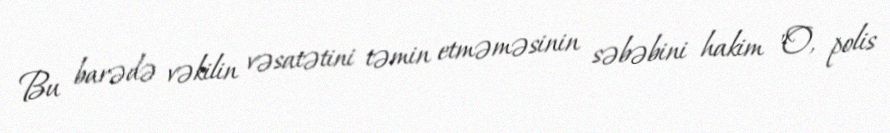
Bu barədə vəkilin vəsatətini təmin etməməsinin səbəbini hakim "O, polis